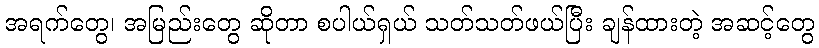
အရက်တွေ၊ အမြည်းတွေ ဆိုတာ စပါယ်ရှယ် သတ်သတ်ဖယ်ပြီး ချန်ထားတဲ့ အဆင့်တွေ